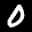
Label: 0